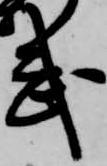
武